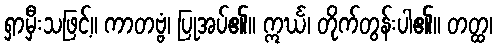
ရှာမှီးသဖြင့်။ ကာတဗ္ဗံ၊ ပြုအပ်၏။ ဣင်္ဃ၊ တိုက်တွန်းပါ၏။ တတ္ထ၊